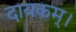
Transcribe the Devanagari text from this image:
दायकम्।